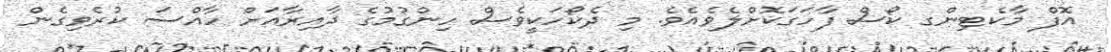
އޮފް މާކެޓިންގ ކޯސް ފާހަގަކޮށްލެވެއެވެ. މި ދެކޯހަކީވެސް ހިންގުމުގެ ދާއިރާއަށް ހާއްސަ ކުރެވިގެން